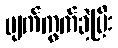
ပျက်ကွက်ခဲ့ပြီး